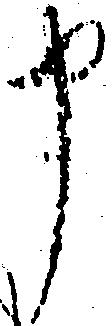
申